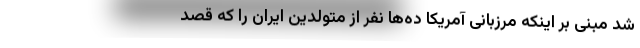
شد مبنی بر اینکه مرزبانی آمریکا ده‌ها نفر از متولدین ایران را که قصد